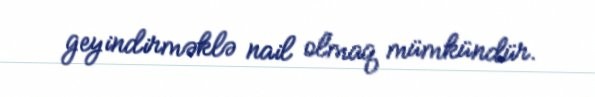
geyindirməklə nail olmaq mümkündür.